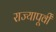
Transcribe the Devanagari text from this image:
राज्यापूर्वीं